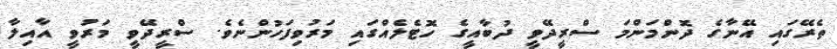
ތެރޭގައި އޭނާގެ ދޮންމަންމަ ސްރީދޭވީ ދުބާއީގެ ހޮޓެލެއްގައި މަރުވިފަހުންނެވެ. ސްރީދޭވީ މަރުވީ އާއިލާ